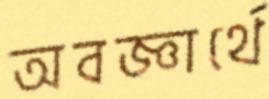
অবজ্ঞার্থে